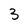
Character: 3